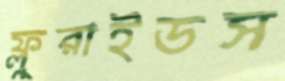
ফ্লুরাইডস